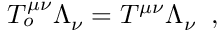
T _ { o } ^ { \mu \nu } \Lambda _ { \nu } = T ^ { \mu \nu } \Lambda _ { \nu } \; \; ,